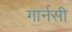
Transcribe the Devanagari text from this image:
गार्नसी